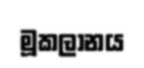
මූකලානය